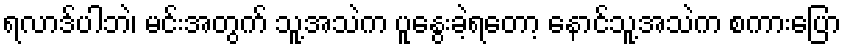
ရလာဒ်ပါဘဲ၊ မင်းအတွက် သူ့အသဲက ပူနွေးခဲ့ရတော့ နောင်သူ့အသဲက စကားပြော